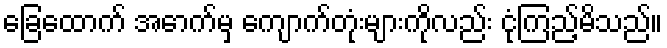
ခြေထောက် အောက်မှ ကျောက်တုံးများကိုလည်း ငုံကြည့်မိသည်။